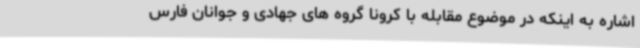
اشاره به اینکه در موضوع مقابله با کرونا گروه های جهادی و جوانان فارس